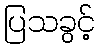
ပြသခွင့်